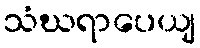
သံဃရာပေယျ